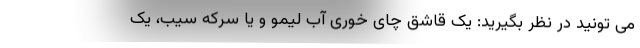
می تونید در نظر بگیرید: یک قاشق چای خوری آب لیمو و یا سرکه سیب، یک